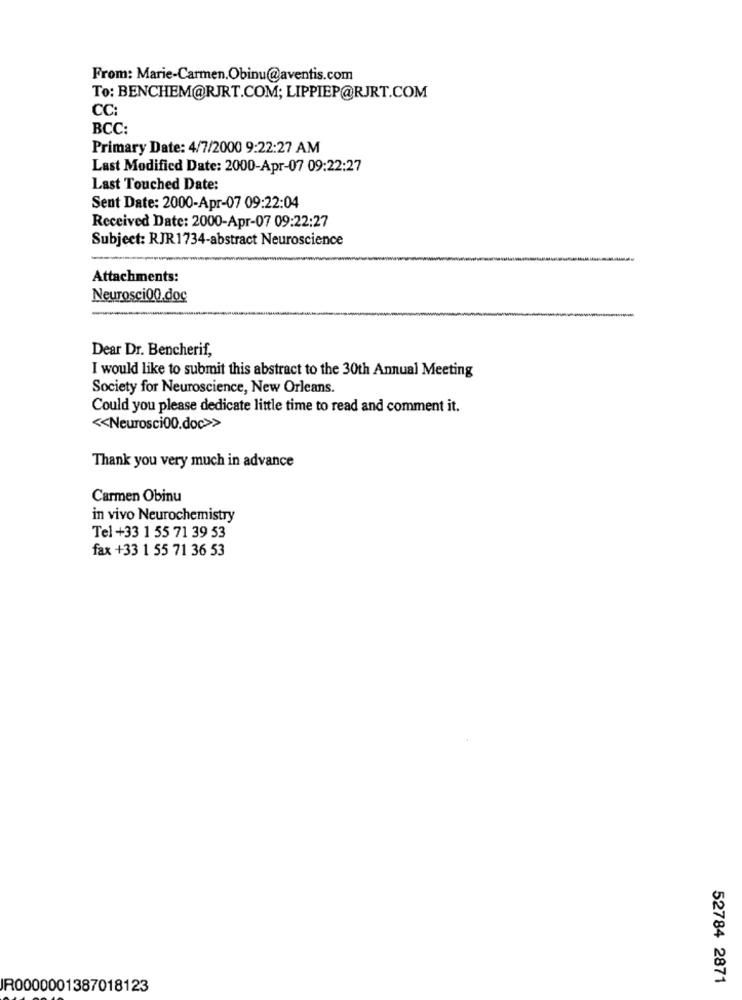
From: Marie-Carmen.Obinu@aventis.com
To: BENCHEM@RJRT.COM; LIPPIEP@RJRT.COM
CC:
BCC:
Primary Date: 4/7/2000 9:22:27 AM
Last Modified Date: 2000-Apr-07 09:22:27
Last Touched Date:
Sent Date: 2000-Apr-07 09:22:04
Received Date: 2000-Apr-07 09:22:27
Subject: RJR1734-abstract Neuroscience
Attachments:
Neurosci00.doc
Dear Dr. Bencherif,
I would like to submit this abstract to the 30th Annual Meeting
Society for Neuroscience, New Orleans.
Could you please dedicate little time to read and comment it.
<< Neurosci00.doc>>
Thank you very much in advance
Carmen Obinu
in vivo Neurochemistry
Tel +33 1 55 71 39 53
fax +33 1 55 71 36 53
52784 2871
IR0000001387018123